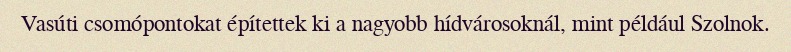
Vasúti csomópontokat építettek ki a nagyobb hídvárosoknál, mint például Szolnok.